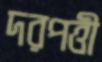
দরপত্তী